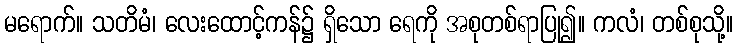
မရောက်။ သတိမံ၊ လေးထောင့်ကန်၌ ရှိသော ရေကို အစုတစ်ရာပြု၍။ ကလံ၊ တစ်စုသို့။